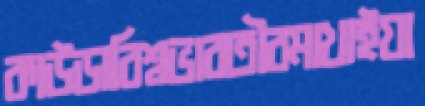
কাউড়াবিশ্বভারতীরমাখাইয়া